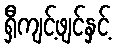
ရှီကျင့်ဖျင်နှင့်